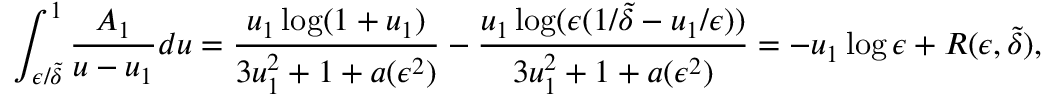
\int _ { \epsilon / \tilde { \delta } } ^ { 1 } \frac { A _ { 1 } } { u - u _ { 1 } } d u = \frac { u _ { 1 } \log ( 1 + u _ { 1 } ) } { 3 u _ { 1 } ^ { 2 } + 1 + a ( \epsilon ^ { 2 } ) } - \frac { u _ { 1 } \log ( \epsilon ( 1 / \tilde { \delta } - u _ { 1 } / \epsilon ) ) } { 3 u _ { 1 } ^ { 2 } + 1 + a ( \epsilon ^ { 2 } ) } = - u _ { 1 } \log \epsilon + R ( \epsilon , \tilde { \delta } ) ,